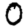
Digit: 0